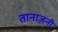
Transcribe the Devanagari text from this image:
तानाज़नी